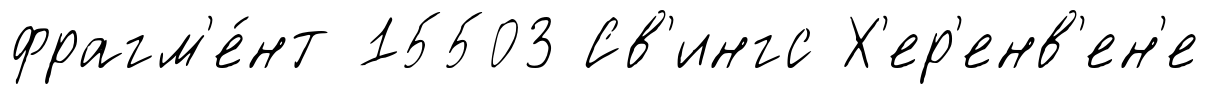
фрагм'е́нт 15503 Св'ингс Х'ер'енв'ен'е